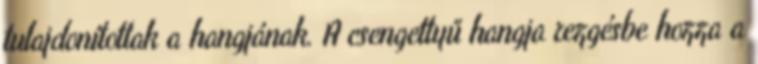
tulajdonítottak a hangjának. A csengettyű hangja rezgésbe hozza a